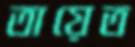
তায়েত